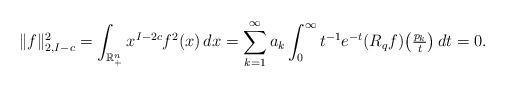
LaTeX: \begin{align*} \|f\|^2_{2,I-c} = \int_{\mathbb R^n_+} x^{I-2c}f^2(x) \, dx = \sum_{k=1}^\infty a_k \int_0^\infty t^{-1} e^{-t} (R_q f)\bigl(\tfrac{p_k}{t}\bigr) \, dt = 0.\end{align*}